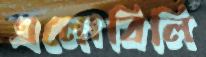
এলোবিলি